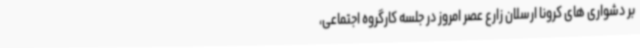
بر دشواری های کرونا ارسلان زارع عصر امروز در جلسه کارگروه اجتماعی،